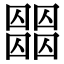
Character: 𡈶